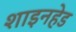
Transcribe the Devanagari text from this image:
शाइनहेड